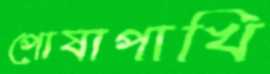
পোষাপাখি